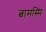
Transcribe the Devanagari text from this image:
त्वामस्मि